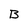
Character: B